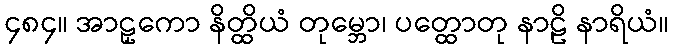
၄၈၄။ အာဠှကော နိတ္ထိယံ တုမ္ဘော၊ ပတ္ထောတု နာဠိ နာရိယံ။